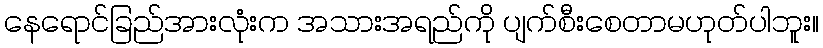
နေရောင်ခြည်အားလုံးက အသားအရည်ကို ပျက်စီးစေတာမဟုတ်ပါဘူး။